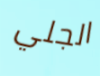
الجلي